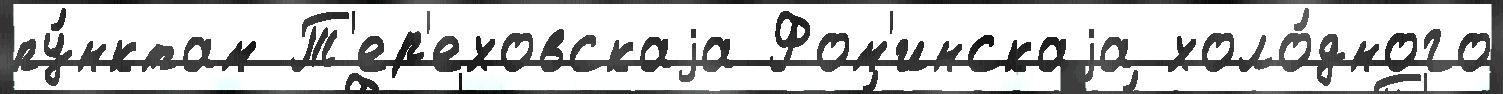
пу́нктам Т'ер'еховскаjа Фом'инскаjа холо́дного